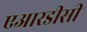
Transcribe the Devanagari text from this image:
एआरडीसी